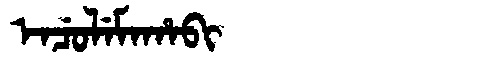
Manchu: ᡝᠨᠴᡠᠯᡝᠮᠠᡥᠠᠪᡳ
Romanization: ENCULEMAHABI